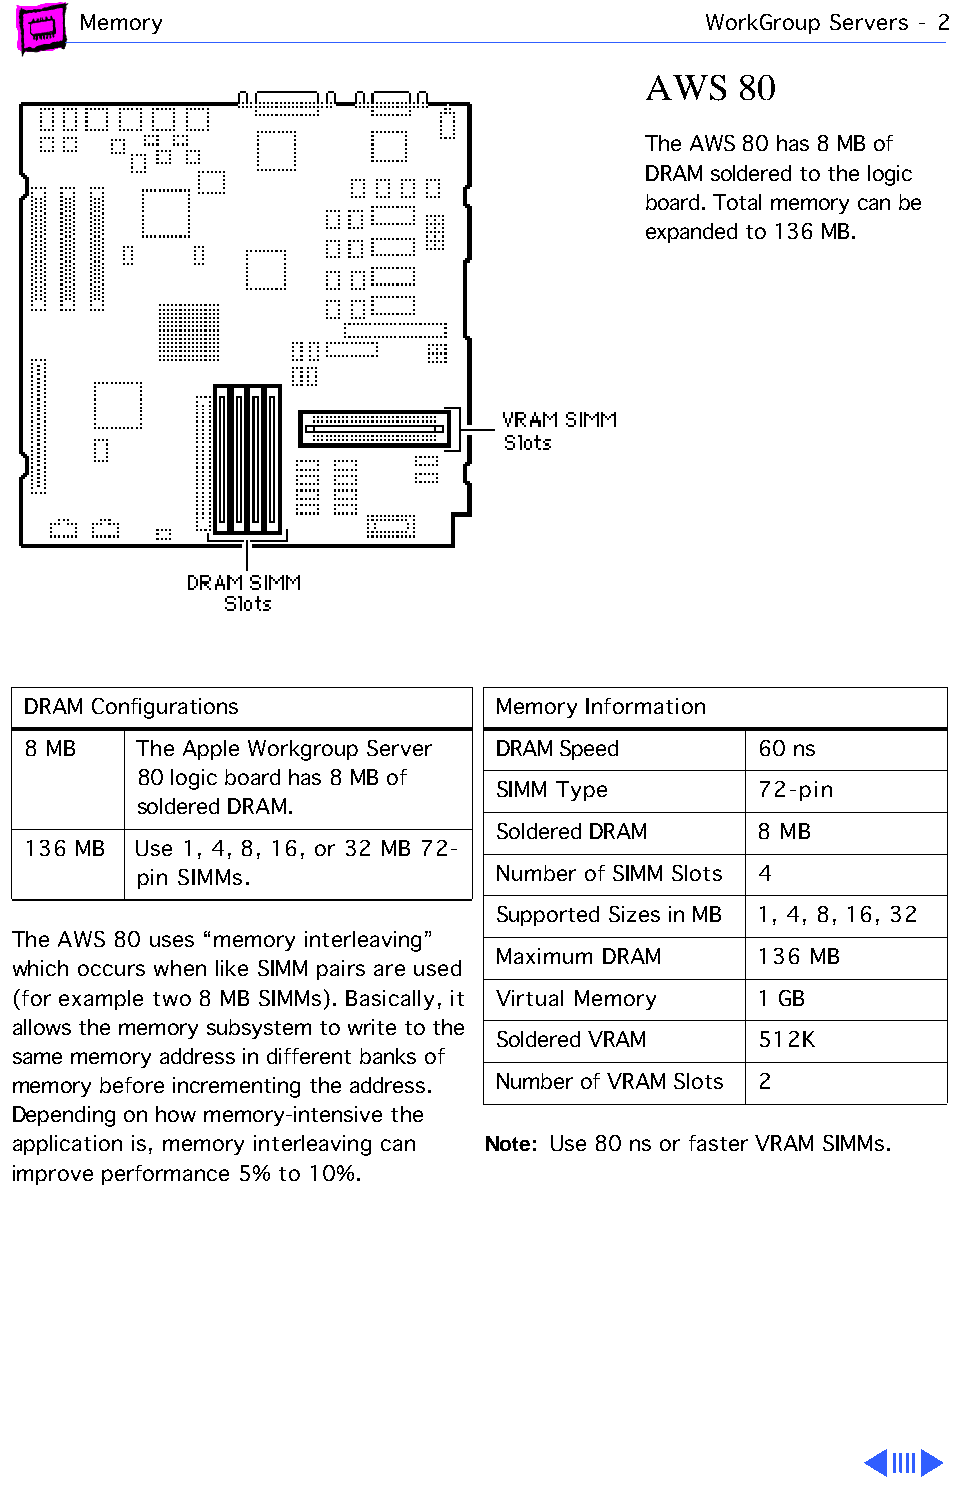
Memory                                   WorkGroup Servers - 2
 AWS   80
 The AWS 80 has 8 MB of
 DRAM soldered to the logic
 board. Total memory can be
 expanded to 136 MB.
 DRAM Configurations            Memory Information
 8 MB    The Apple Workgroup Server DRAM Speed    60 ns
 80 logic board has 8 MB of
 SIMM Type         72-pin
 soldered DRAM.
 Soldered DRAM     8 MB
 136 MB  Use 1, 4, 8, 16, or 32 MB 72-
 pin SIMMs.             Number of SIMM Slots 4
 Supported Sizes in MB 1, 4, 8, 16, 32
 The AWS 80 uses “memory interleaving”
 Maximum DRAM      136 MB
 which occurs when like SIMM pairs are used
 (for example two 8 MB SIMMs). Basically, it Virtual Memory 1 GB
 allows the memory subsystem to write to the
 Soldered VRAM     512K
 same memory address in different banks of
 memory before incrementing the address. Number of VRAM Slots 2
 Depending on how memory-intensive the
 application is, memory interleaving can Note: Use 80 ns or faster VRAM SIMMs.
 improve performance 5% to 10%.